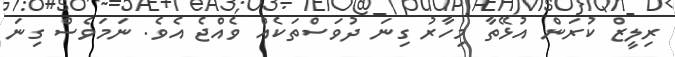
ރިލީޒް ކުރަން އުޅޭތާ މިހާރު ގިނަ ދުވަސްތަކެއް ވެއްޖެ އެވެ. ނަމަވެސް ގިނަ